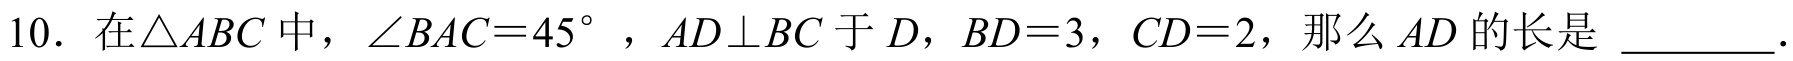
10. 在$\triangle ABC$中，$\angle BAC = 45^{\circ}$，$AD\perp BC$于$D$，$BD = 3$，$CD = 2$，那么$AD$的长是 \_\_\_\_\_．